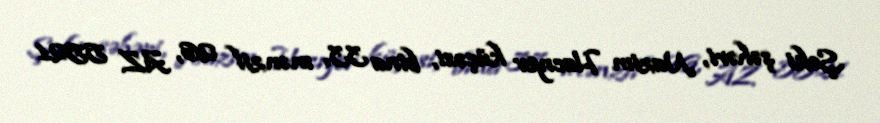
Şəki şəhəri, Nazim Hacıyev küçəsi, bina 33, mənzil 26, AZ 5521